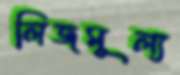
লিজমূল্য